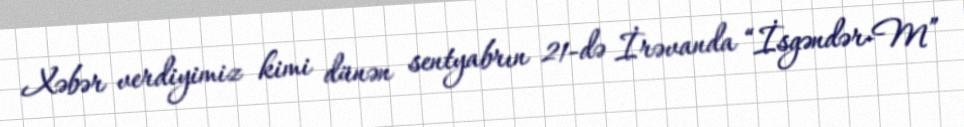
Xəbər verdiyimiz kimi dünən sentyabrın 21-də İrəvanda “İsgəndər-M”